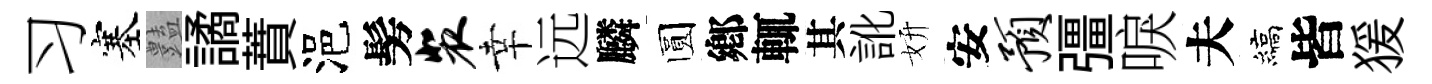
习塞𧰟譎蕡浥髣裴幸远麟圆鄕輒其訛妍安预彊唳夫縞皆猨